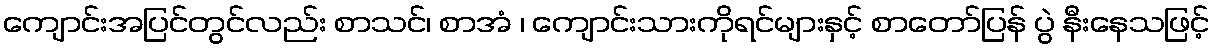
ကျောင်းအပြင်တွင်လည်း စာသင်၊ စာအံ ၊ ကျောင်းသားကိုရင်များနှင့် စာတော်ပြန် ပွဲ နီးနေသဖြင့်